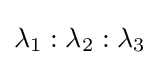
\lambda _{1}:\lambda _{2}:\lambda _{3}